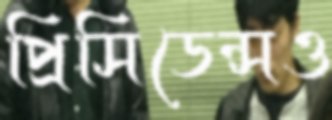
প্রিসিডেন্সও